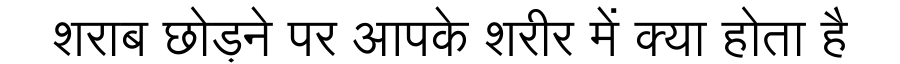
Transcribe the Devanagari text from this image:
शराब छोड़ने पर आपके शरीर में क्या होता है